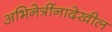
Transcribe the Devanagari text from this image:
अभिनेत्रींनादेखील